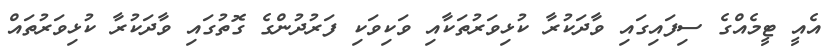
އެއީ ޓީމެއްގެ ސިފައިގައި ވާދަކުރާ ކުޅިވަރުތަކާއި ވަކިވަކި ފަރުދުންގެ ގޮތުގައި ވާދަކުރާ ކުޅިވަރުތައް